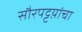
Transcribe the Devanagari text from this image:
सौरपट्टय़ांचा